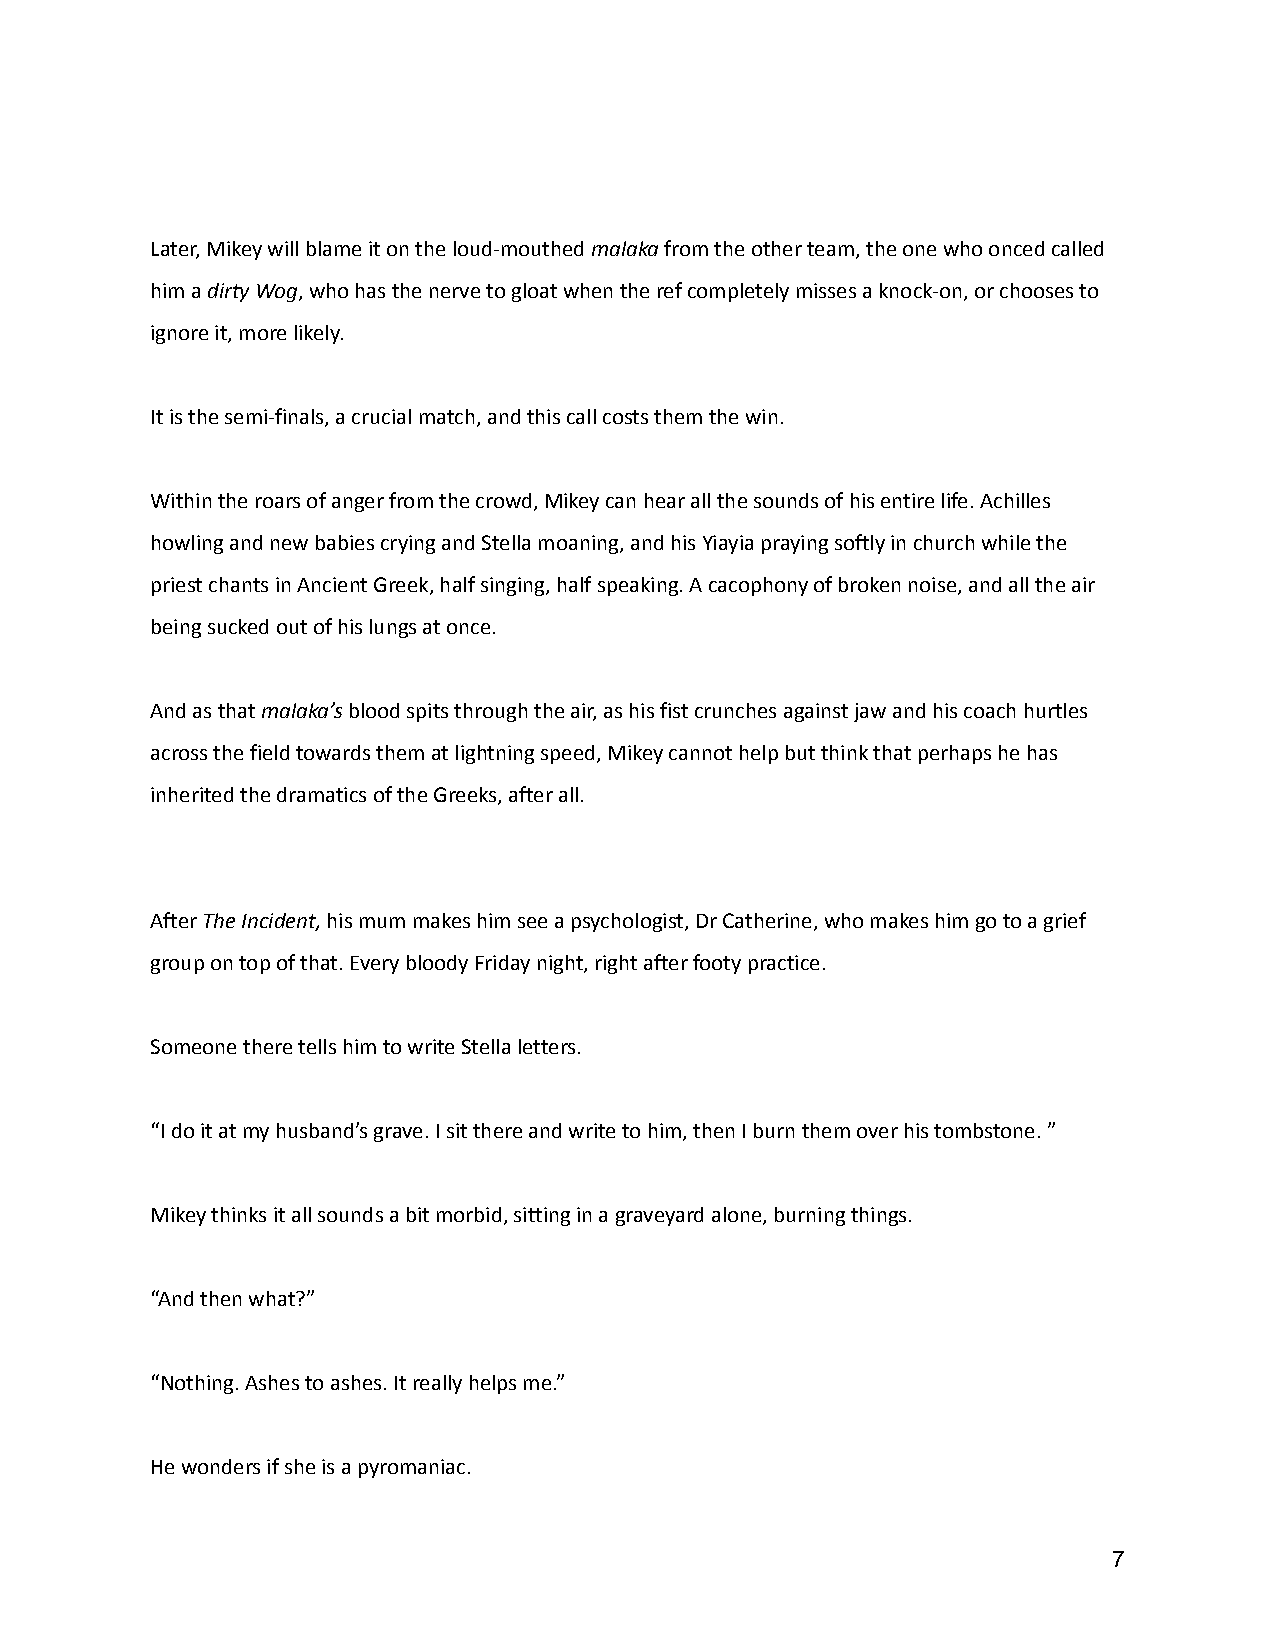
Later, Mikey will blame it on the loud-mouthedmalakafrom the other team, the one who onced called
 him adirty Wog, who has the nerve to gloat when theref completely misses a knock-on, or chooses to
 ignore it, more likely.
 It is the semi-finals, a crucial match, and this callcosts them the win.
 Within the roars of anger from the crowd, Mikey canhear all the sounds of his entire life. Achilles
 howling and new babies crying and Stella moaning,and his Yiayia praying softly in church while the
 priest chants in Ancient Greek, half singing, halfspeaking. A cacophony of broken noise, and all theair
 being sucked out of his lungs at once.
 And as thatmalaka’sblood spits through the air,as his fist crunches against jaw and his coach hurtles
 across the field towards them at lightning speed,Mikey cannot help but think that perhaps he has
 inherited the dramatics of the Greeks, after all.
 AfterThe Incident,his mum makes him see a psychologist,Dr Catherine, who makes him go to a grief
 group on top of that. Every bloody Friday night, rightafter footy practice.
 Someone there tells him to write Stella letters.
 “I do it at my husband’s grave. I sit there and writeto him, then I burn them over his tombstone. ”
 Mikey thinks it all sounds a bit morbid, sitting ina graveyard alone, burning things.
 “And then what?”
 “Nothing. Ashes to ashes. It really helps me.”
 He wonders if she is a pyromaniac.
 7